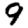
Digit: 9